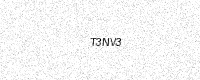
Text: T3NV3